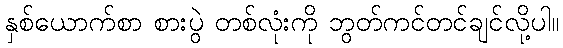
နှစ်ယောက်စာ စားပွဲ တစ်လုံးကို ဘွတ်ကင်တင်ချင်လို့ပါ။